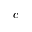
c